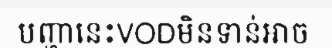
បញ្ហានេះVODមិនទាន់អាច